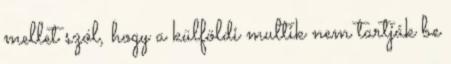
mellet szól, hogy a külföldi multik nem tartják be